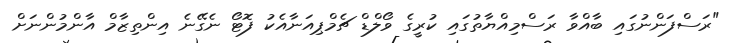
"ރަސްފަންނުގައި ބާއްވާ ރަސްމިއްޔާތުގައި ކުރީގެ ވޯލްޑް ޗެމްޕިއަނާއެކު ފޮޓޯ ނެގޭނެ އިންތިޒާމް އާންމުންނަށް